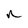
Character: n